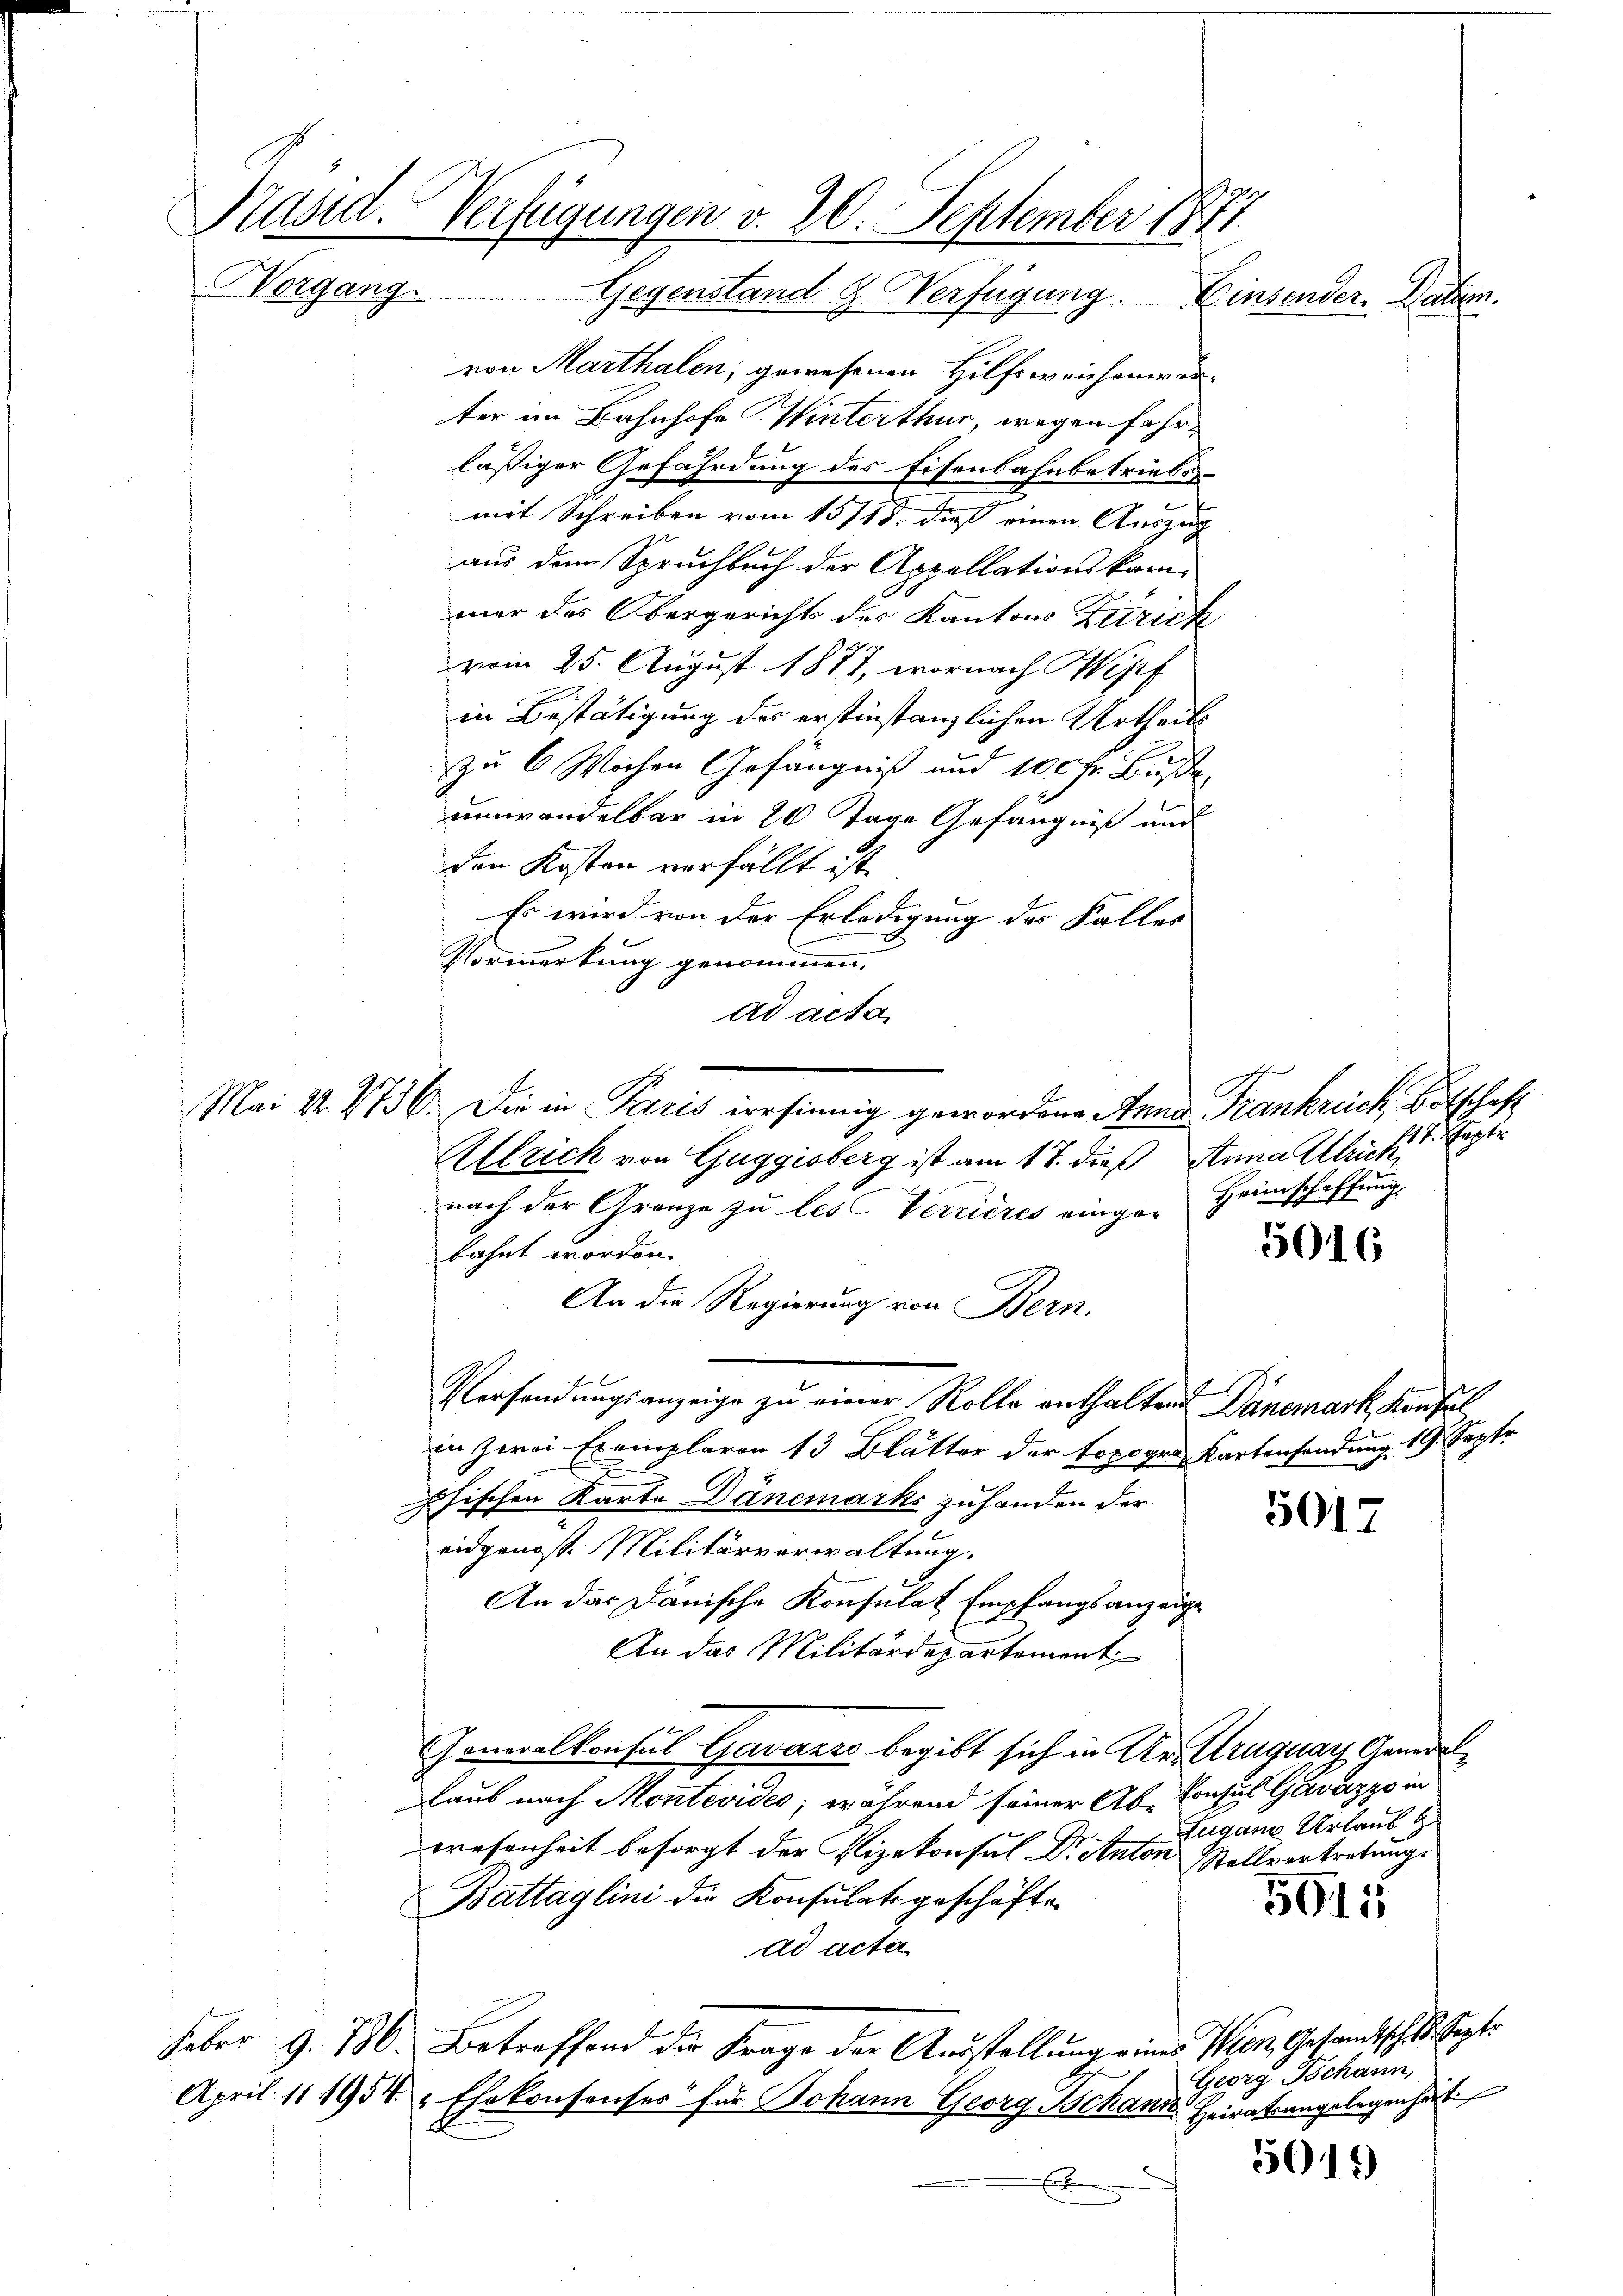
Kasid. Verfügungen v. 20. September 1877
Worgang. Gegenstand & Verfügung.
Einsenden Daten.
von Marthalen, gewesenen Hilfsweichenwär¬

ter im Bahnhofe Winterthur, wegen Fahrlässiger Gefährdung des Eisenbahnbetriebsmit Schreiben vom 15/18. dieß einen Auszug
aus dem Spruchbuch der Appellationskammer das Obergerichts des Kantons Zürich
vom 25. August 1877, wornach Wipf
in Bestätigung des erstinstanzlichen Urtheils
zu 6 Wochen Gefängniß und 100 fr. Buße
umwandelbar in 20 Tage Gefängniß und
den Kosten verfällt ist.
Es wird von der Erledigung des Falles
Vormerkung genommen.
ad acta
Mai v. 1736. Die in Paris irrsinnig gewordene Anna Frankreich Botschaft
Allrich von Guggisberg ist am 17. dieß Anna Ulrick
nach der Grenze zu les Verrieres einge-Heimschaffŭng
bahnt worden.
An die Regierung von Bern.
Versendungsanzeige zu einer Rolle enthalten Dänemark, Konfel
in zwei Exemplaren 13 Blätter der topogro Kartensendung 19. Sepfr
chischen Karte Dänemarks zuhanden der
5017
eidgenoss. Militärverwaltung.
An das Dänische Konsulat Empfangsanzeige
An das Militärdepartement
Goneralkonsul Gavarre begibt sich in Ur- Uruguay Generallaus nach Montevides, während seiner Ab- Consul Gavazzo in
Zugane Urlaub z
wesenheit besorgt der Vizekonsul Dr. Anton Stellvertretung.
Battaglini die Konsulatsgeschäfte
5015
ad acta
Feber 9. 186. Betreffend die Frage der Aŭsstellŭng einer Wien, Gesandtsche Septe
Georg Tschann,
April 111954. Ehekonsonser für Johann Georg Behande Heiratsangelegenhäti
5019
x

18. Septe

5016